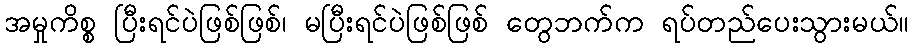
အမှုကိစ္စ ပြီးရင်ပဲဖြစ်ဖြစ်၊ မပြီးရင်ပဲဖြစ်ဖြစ် တွေဘက်က ရပ်တည်ပေးသွားမယ်။